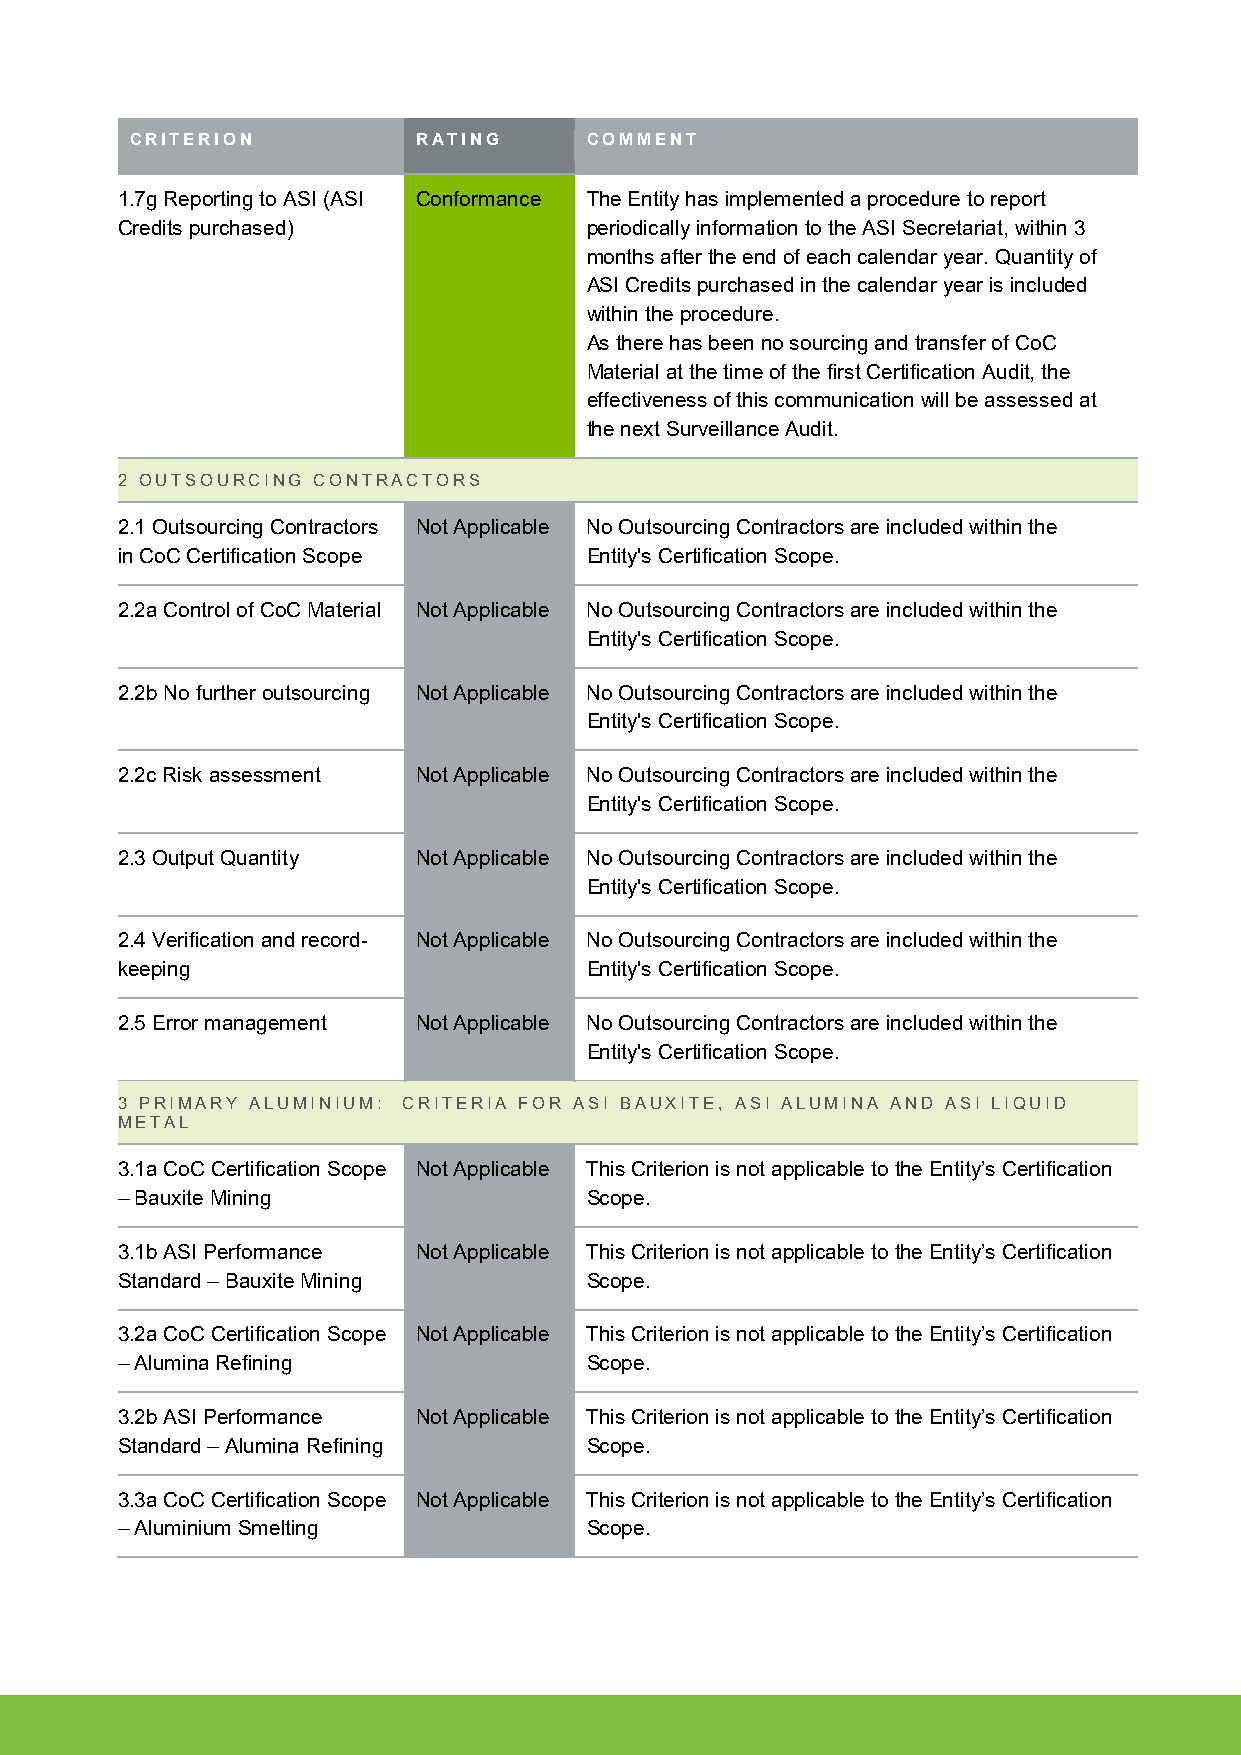
CRITERION          RATING     COMMENT
 1.7g Reporting to ASI (ASI Conformance The Entity has implemented a procedure to report
 Credits purchased)             periodically information to the ASI Secretariat, within 3
 months after the end of each calendar year. Quantity of
 ASI Credits purchased in the calendar year is included
 within the procedure.
 As there has been no sourcing and transfer of CoC
 Material at the time of the first Certification Audit, the
 effectiveness of this communication will be assessed at
 the next Surveillance Audit.
 2 OUTSOURCING CONTRACTORS
 2.1 Outsourcing Contractors Not Applicable No Outsourcing Contractors are included within the
 in CoC Certification Scope     Entity's Certification Scope.
 2.2a Control of CoC Material Not Applicable No Outsourcing Contractors are included within the
 Entity's Certification Scope.
 2.2b No further outsourcing Not Applicable No Outsourcing Contractors are included within the
 Entity's Certification Scope.
 2.2c Risk assessment Not Applicable No Outsourcing Contractors are included within the
 Entity's Certification Scope.
 2.3 Output Quantity Not Applicable No Outsourcing Contractors are included within the
 Entity's Certification Scope.
 2.4 Verification and record- Not Applicable No Outsourcing Contractors are included within the
 keeping                        Entity's Certification Scope.
 2.5 Error management Not Applicable No Outsourcing Contractors are included within the
 Entity's Certification Scope.
 3 PRIMARY ALUMINIUM: CRITERIA FOR ASI BAUXITE, ASI ALUMINA AND ASI LIQUID
 METAL
 3.1a CoC Certification Scope Not Applicable This Criterion is not applicable to the Entity’s Certification
 – Bauxite Mining               Scope.
 3.1b ASI Performance Not Applicable This Criterion is not applicable to the Entity’s Certification
 Standard – Bauxite Mining      Scope.
 3.2a CoC Certification Scope Not Applicable This Criterion is not applicable to the Entity’s Certification
 – Alumina Refining             Scope.
 3.2b ASI Performance Not Applicable This Criterion is not applicable to the Entity’s Certification
 Standard – Alumina Refining    Scope.
 3.3a CoC Certification Scope Not Applicable This Criterion is not applicable to the Entity’s Certification
 – Aluminium Smelting           Scope.